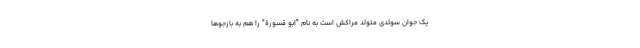
یک جوان سوئدی متولد مراکش است به نام "ابو قسورة" را هم به بازجوها